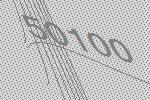
50100